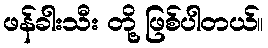
ဖန်ခါးသီး တို့ ဖြစ်ပါတယ်။